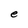
Character: e